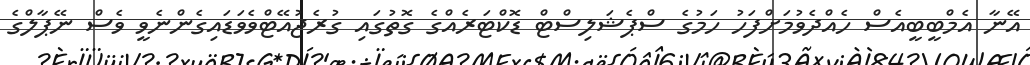
އޭނާ އެމްބީބީއެސް ހެއްދެވުމަށްފަހު ހަމުގެ ސްޕެޝަލިސްޓް ޑޮކްޓަރެއްގެ ގޮތުގައި ގުރެޖުއޭޓްވެވަޑައިގެންނެވީ ވެސް ނޭޕާލްގެ